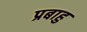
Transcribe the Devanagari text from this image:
प्रबाहु